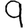
Digit: 9